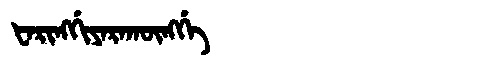
Manchu: ᡶᠠᡵᡳᠩᡤᡳᠶᠠᡵᠠᡴᡡᠩᡤᡝ
Romanization: FARINGGIYARAKŪNGGE